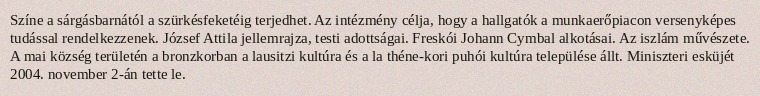
Színe a sárgásbarnától a szürkésfeketéig terjedhet. Az intézmény célja, hogy a hallgatók a munkaerőpiacon versenyképes tudással rendelkezzenek. József Attila jellemrajza, testi adottságai. Freskói Johann Cymbal alkotásai. Az iszlám művészete. A mai község területén a bronzkorban a lausitzi kultúra és a la théne-kori puhói kultúra települése állt. Miniszteri esküjét 2004. november 2-án tette le.